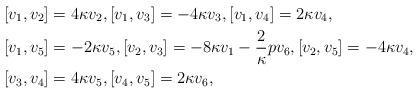
LaTeX: \begin{align*}&[v_1, v_2]=4\kappa v_2, [v_1, v_3]=-4\kappa v_3, [v_1, v_4]=2\kappa v_4,\\&[v_1, v_5]=-2\kappa v_5, [v_2, v_3]=-8\kappa v_1-\frac{2}{\kappa}p v_6, [v_2, v_5]=-4\kappa v_4, \\&[v_3, v_4]=4\kappa v_5, [v_4, v_5]=2 \kappa v_6,\end{align*}